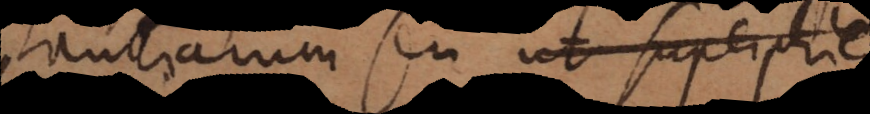
distantiarum seu ut superficie